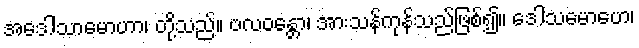
အဒေါသာမောဟာ၊ တို့သည်။ ဗလဝန္တော၊ အားသန်ကုန်သည်ဖြစ်၍။ ဒေါသမောဟေ၊